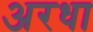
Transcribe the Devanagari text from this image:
अरधा